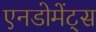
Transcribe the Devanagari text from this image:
एनडोमेंट्स